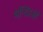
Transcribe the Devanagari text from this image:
मन्दिरओं